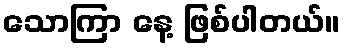
သောကြာ နေ့ ဖြစ်ပါတယ်။